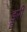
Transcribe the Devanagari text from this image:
ड्रूरी